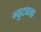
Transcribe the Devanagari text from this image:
न्युटनचा